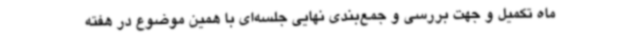
ماه تکمیل و جهت بررسی و جمع‌بندی نهایی جلسه‌ای با همین موضوع در هفته